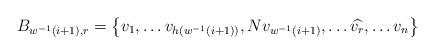
LaTeX: \begin{align*}B_{w^{-1}(i+1),r}=\left\lbrace v_1, \ldots v_{h(w^{-1}(i+1))}, Nv_{w^{-1}(i+1)},\ldots \widehat{v_{r}}, \ldots v_n\right\rbrace\end{align*}